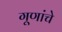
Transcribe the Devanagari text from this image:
गूणांचे